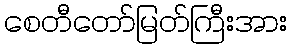
စေတီတော်မြတ်ကြီးအား